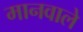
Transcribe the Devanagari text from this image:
मानवाले